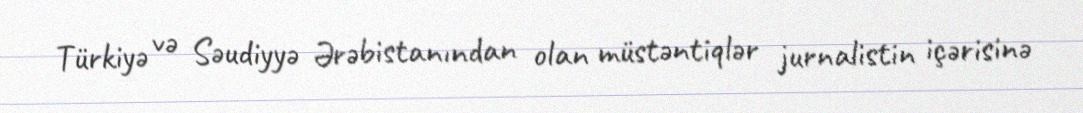
Türkiyə və Səudiyyə Ərəbistanından olan müstəntiqlər jurnalistin içərisinə